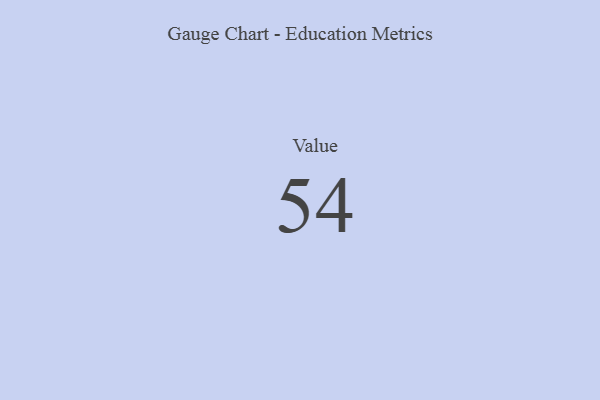
{"axis": {"x": "Metric", "y": "Value"}, "legend": [""], "data": [{"x": "Value", "y": 54, "type": ""}]}